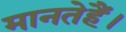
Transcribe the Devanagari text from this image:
मानतेहैं।